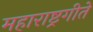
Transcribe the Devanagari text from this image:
महाराष्ट्रगीते